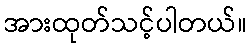
အားထုတ်သင့်ပါတယ်။